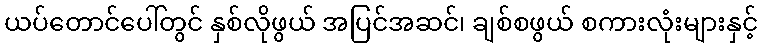
ယပ်တောင်ပေါ်တွင် နှစ်လိုဖွယ် အပြင်အဆင်၊ ချစ်စဖွယ် စကားလုံးများနှင့်